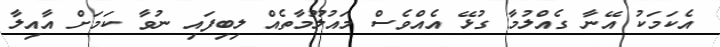
އެކަމަކު އޭނާ ގެއްލުމާ ގުޅޭ އެއްވެސް މައުލޫމާތެއް ލިބިފައި ނުވާ ކަމަށް އާއިލާ